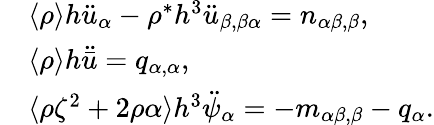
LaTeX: \begin{array}{rl}&{\langle\rho\rangle h\ddot{u}_{\alpha}-\rho^{*}h^{3}\ddot{u}_{\beta,\beta\alpha}=n_{\alpha\beta,\beta},}\\ &{\langle\rho\rangle h\ddot{\bar{u}}=q_{\alpha,\alpha},}\\ &{\langle\rho\zeta^{2}+2\rho\alpha\rangle h^{3}\ddot{\psi}_{\alpha}=-m_{\alpha\beta,\beta}-q_{\alpha}.}\end{array}